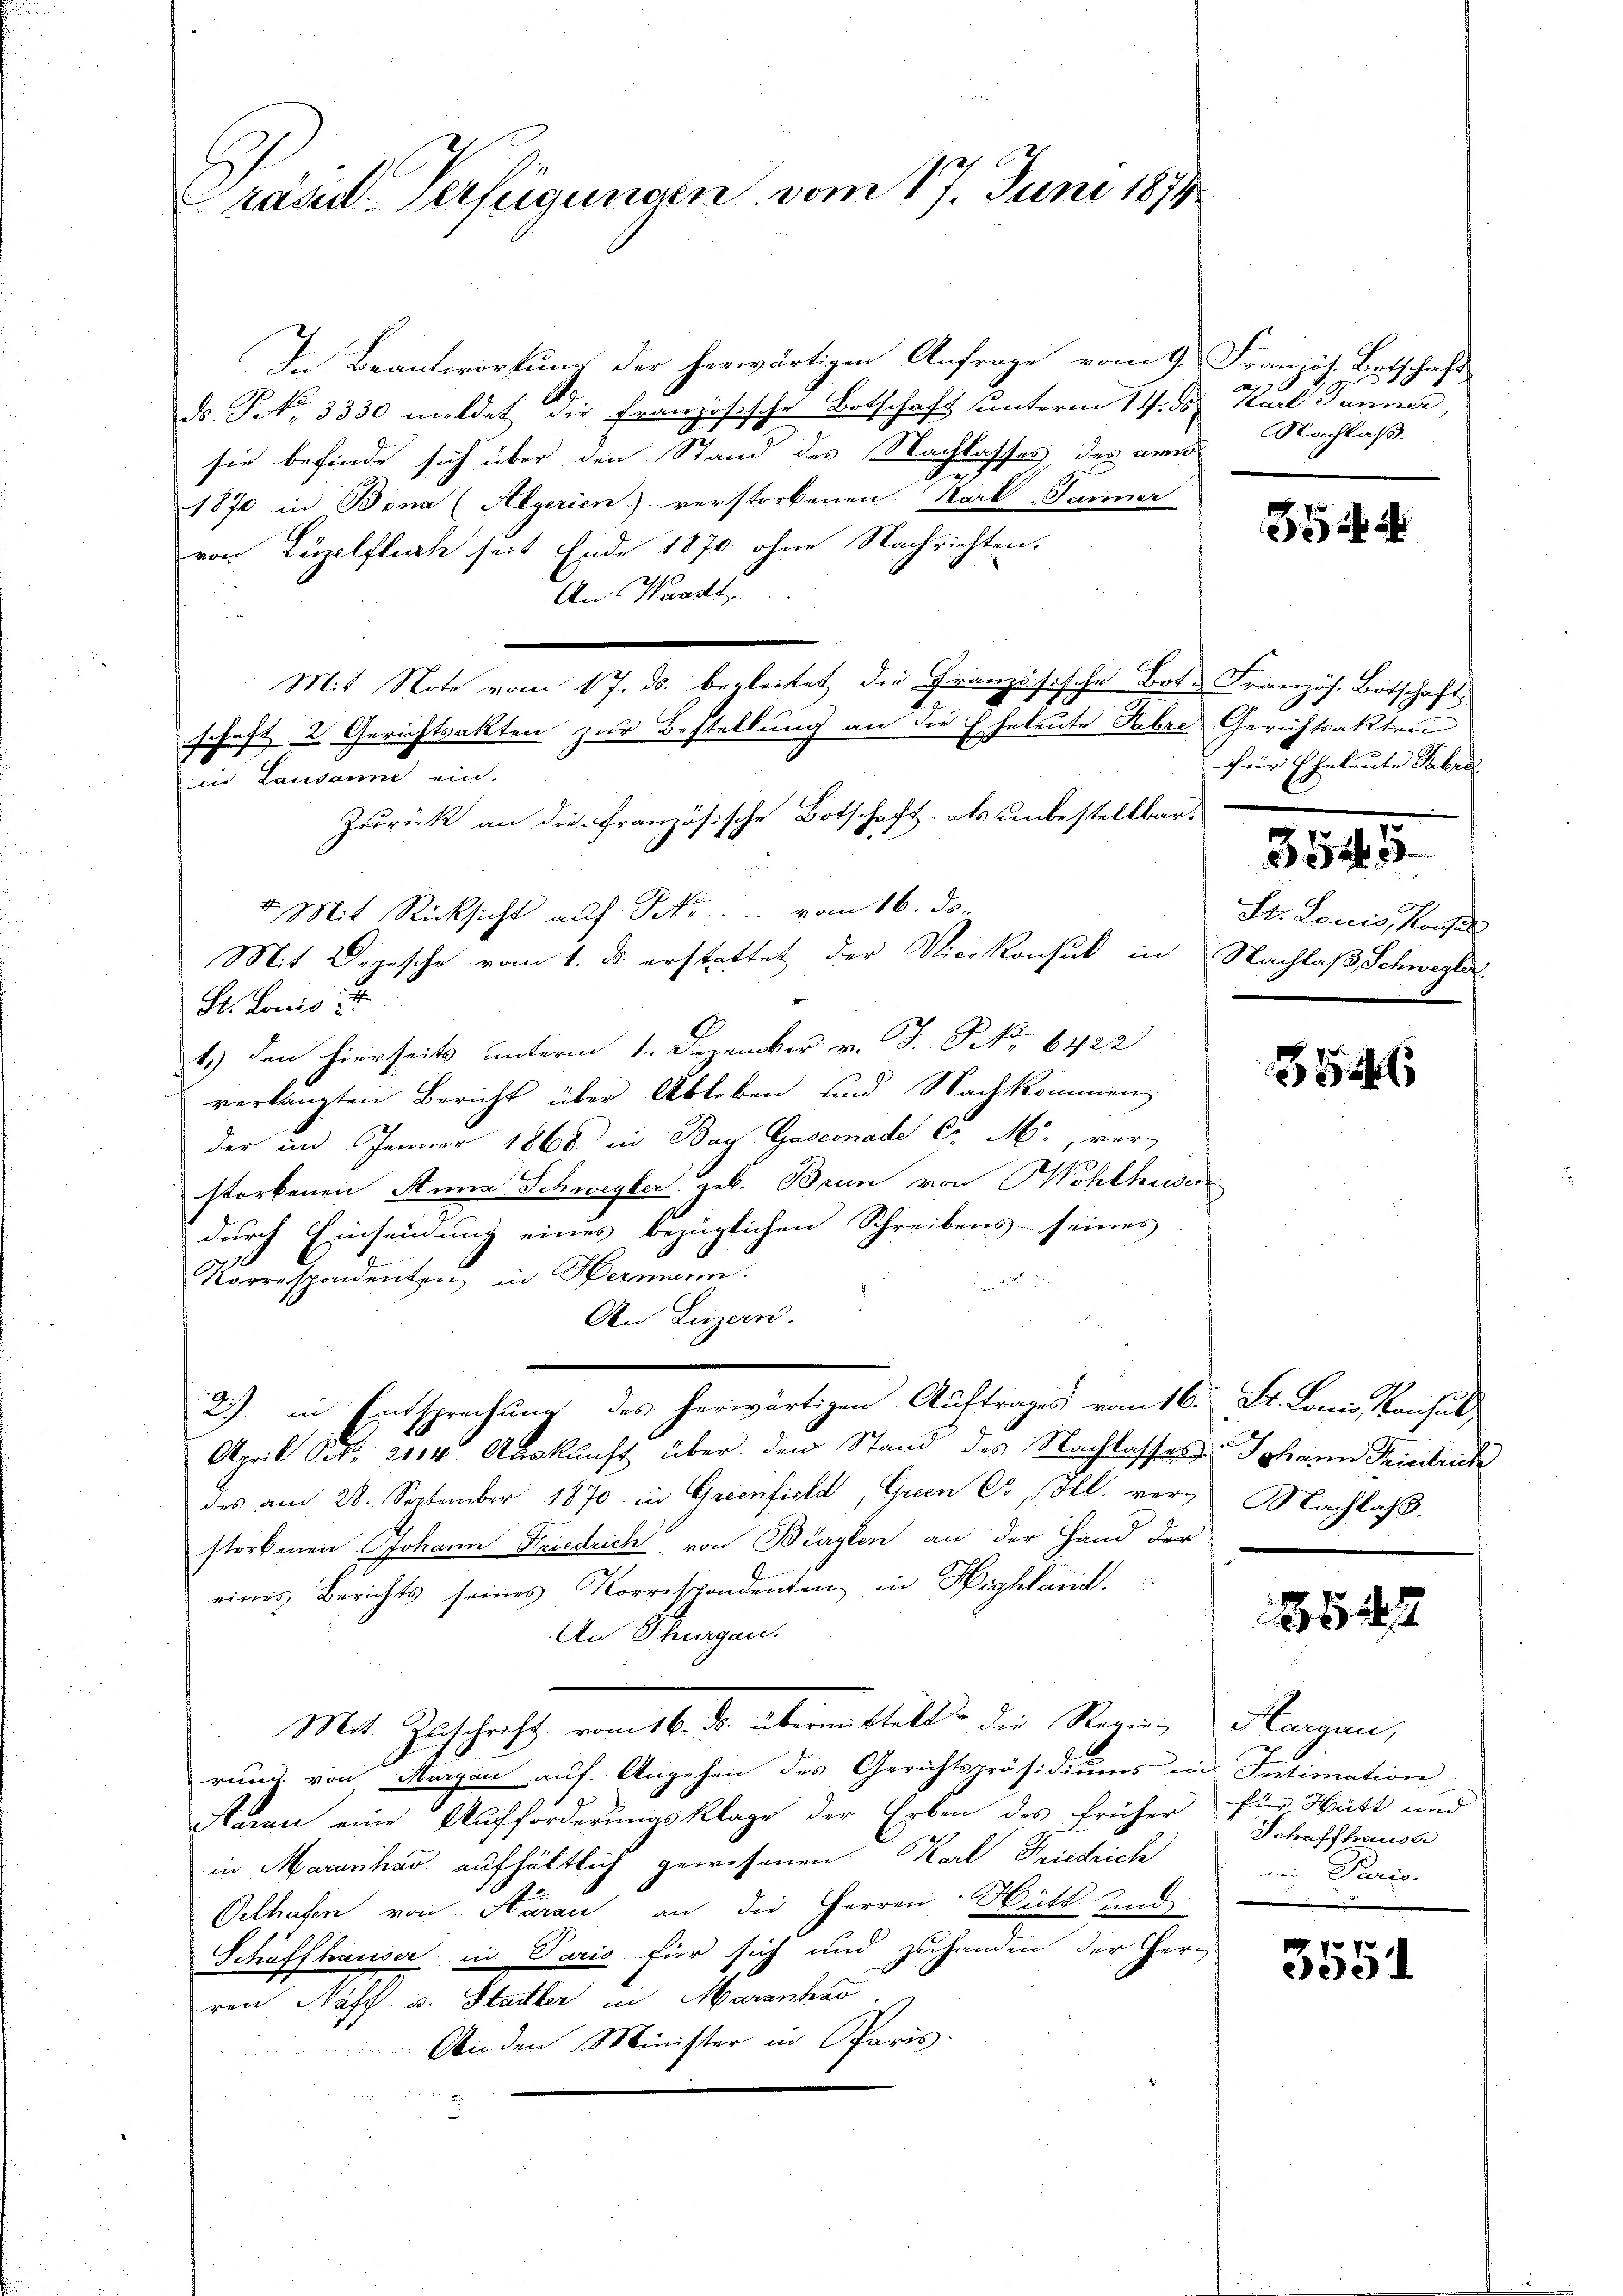
rand Verfügungen vom 17. Juni 1874

In Beantwortung der herwärtigen Anfrage vom 9. Französ. Betschaft
ds. S. 3330 meldet die Französische Botschaft unterm 14. ds. Karl Jänner,
sie befinde sich über den Stand des Nachlasses des am
1870 in Bona (Algerien) verstorbenen Karl Janner
von Luzelflich seit Ende 1870 ohne Nachrichten.
An Waadt,
Mit Note vom 17. ds. begleitet die Französische Bote Französ. Botschaft
x
in Lausanne ein.
Zurück an die Französische Botschaft, als unbestellbar.
4 Mit Rücksicht auf No . . vom 16. ds.
Mit Depesche vom 1. ds. erstattet der Vierkonsul in Nachlaß Schwegler.
St. Louis i
1 den hierseits unter . . . 422
verlangten Bericht über Ableben und Nachkommen,
der im Jänner 1868 in Bay Gasconade C. M., ver-
storbenen Anna Schwegber geb. Brun von Wohlheiden
durch Einseiung eines bezüglichen Schreibens seines
Korrespondenten in Hermann.

An Luzern.
2) in Entsprechung des herwärtigen Auftrages vom 16. St. Lonio, Konsul
April Nr. 2114. Auskunft über den Stand des Nachlasses Johann Friedrich
des am 28. September 1870 in Grienfield, Grien Cr Ill. verg Nachlass.
storbenen Johann Friedrich, von Bürglen an der Hand der
eines Berichts seines Korrespondenten in Highland.
An Thurgau.
Mit Zuschrift vom 16. ds. übermittelt die Regierung von Margau auf Angehen des Gerichtspräsidiums in Intimation
Saran eine Aufforderungsklage der Erben des früher für Hütt und
in Mararikar aufhältlich gewesenen Karl Friedrich
Oelhafen von Aarau an die Herren Hütt und
Schaffhauser in Paris für sich und zuhanden der Herren Haff u. Stadler in Maranha
An den Minister in Paris.

schaft 2 Gerichtsakten zur Bestellung an die Eheleute Jahre Gerichtsakten

Nachlaß.

354

für Eheleute Fabri
8545
St. Louis, Konsul

354

Hargau,
Schaffhauser
m Paris-

3551